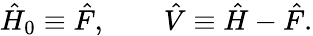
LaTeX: {\hat{H}}_{0}\equiv{\hat{F}},\qquad{\hat{V}}\equiv{\hat{H}}-{\hat{F}}.